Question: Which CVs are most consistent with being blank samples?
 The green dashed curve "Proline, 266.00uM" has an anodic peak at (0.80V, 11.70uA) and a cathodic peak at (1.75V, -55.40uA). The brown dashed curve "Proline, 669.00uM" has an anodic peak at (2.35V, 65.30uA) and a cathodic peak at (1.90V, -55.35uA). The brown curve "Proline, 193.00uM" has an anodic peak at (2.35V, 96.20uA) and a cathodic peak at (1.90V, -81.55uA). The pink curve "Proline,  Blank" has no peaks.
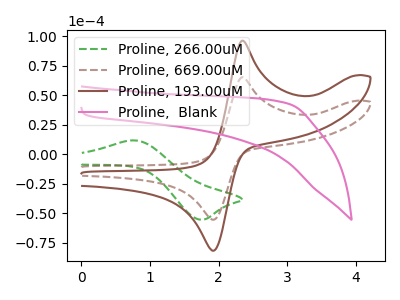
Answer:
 <answer>"Proline,  Blank" is likely to be a blank.</answer>
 <eval>Proline,  Blank</eval>